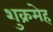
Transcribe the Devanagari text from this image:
शुक्रमेह